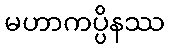
မဟာကပ္ပိနဿ